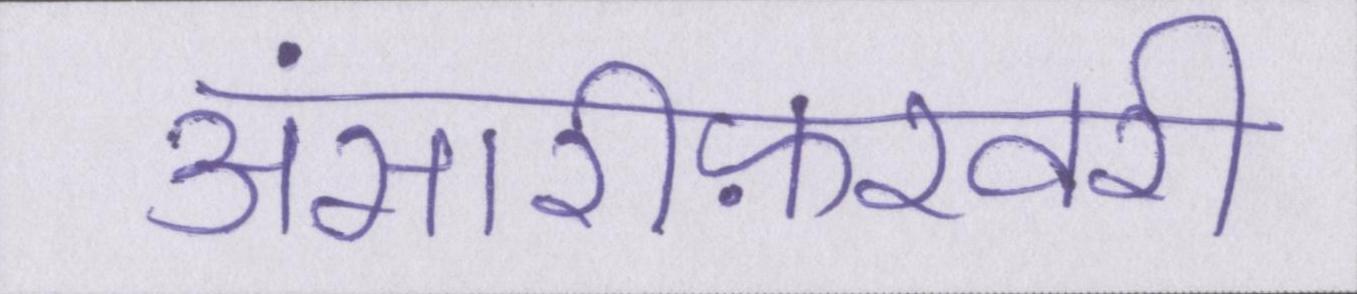
अंसारीफ़रवरी